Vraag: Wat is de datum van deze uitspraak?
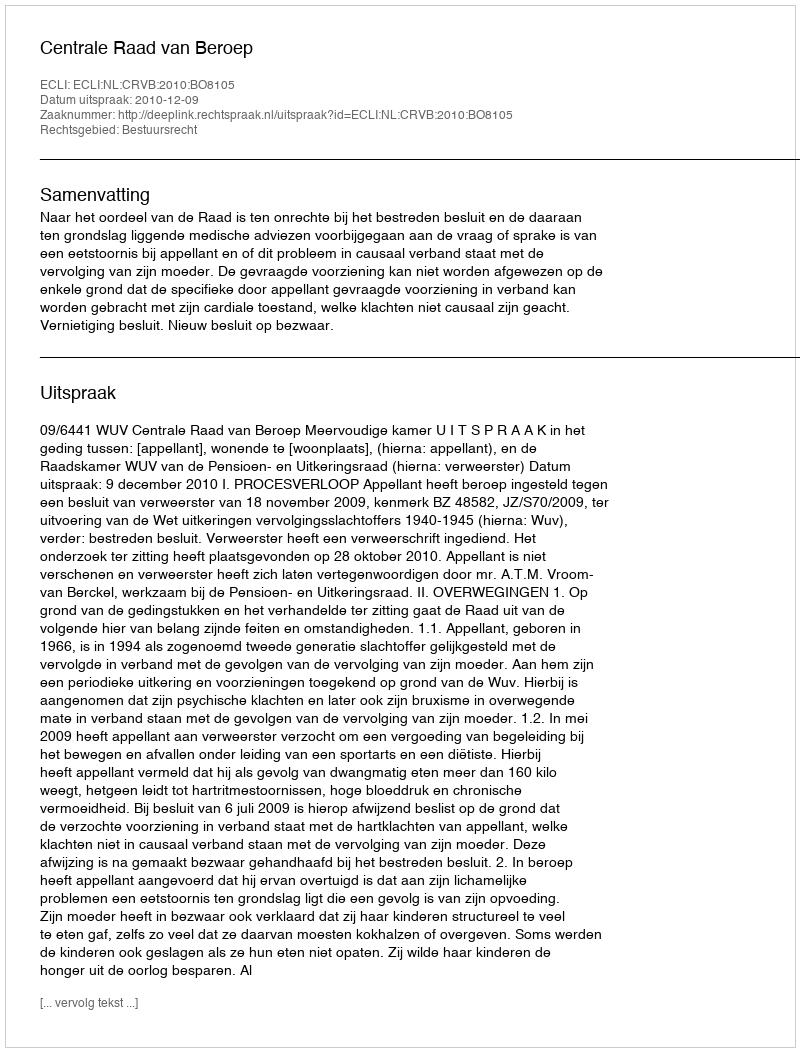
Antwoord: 2010-12-09